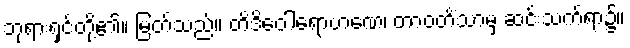
ဘုရားရှင်တို့၏။ မြတ်သည်။ တိဒိဝေါရောဟဏေ၊ တာဝတိံသာမှ ဆင်းသက်ရာ၌။